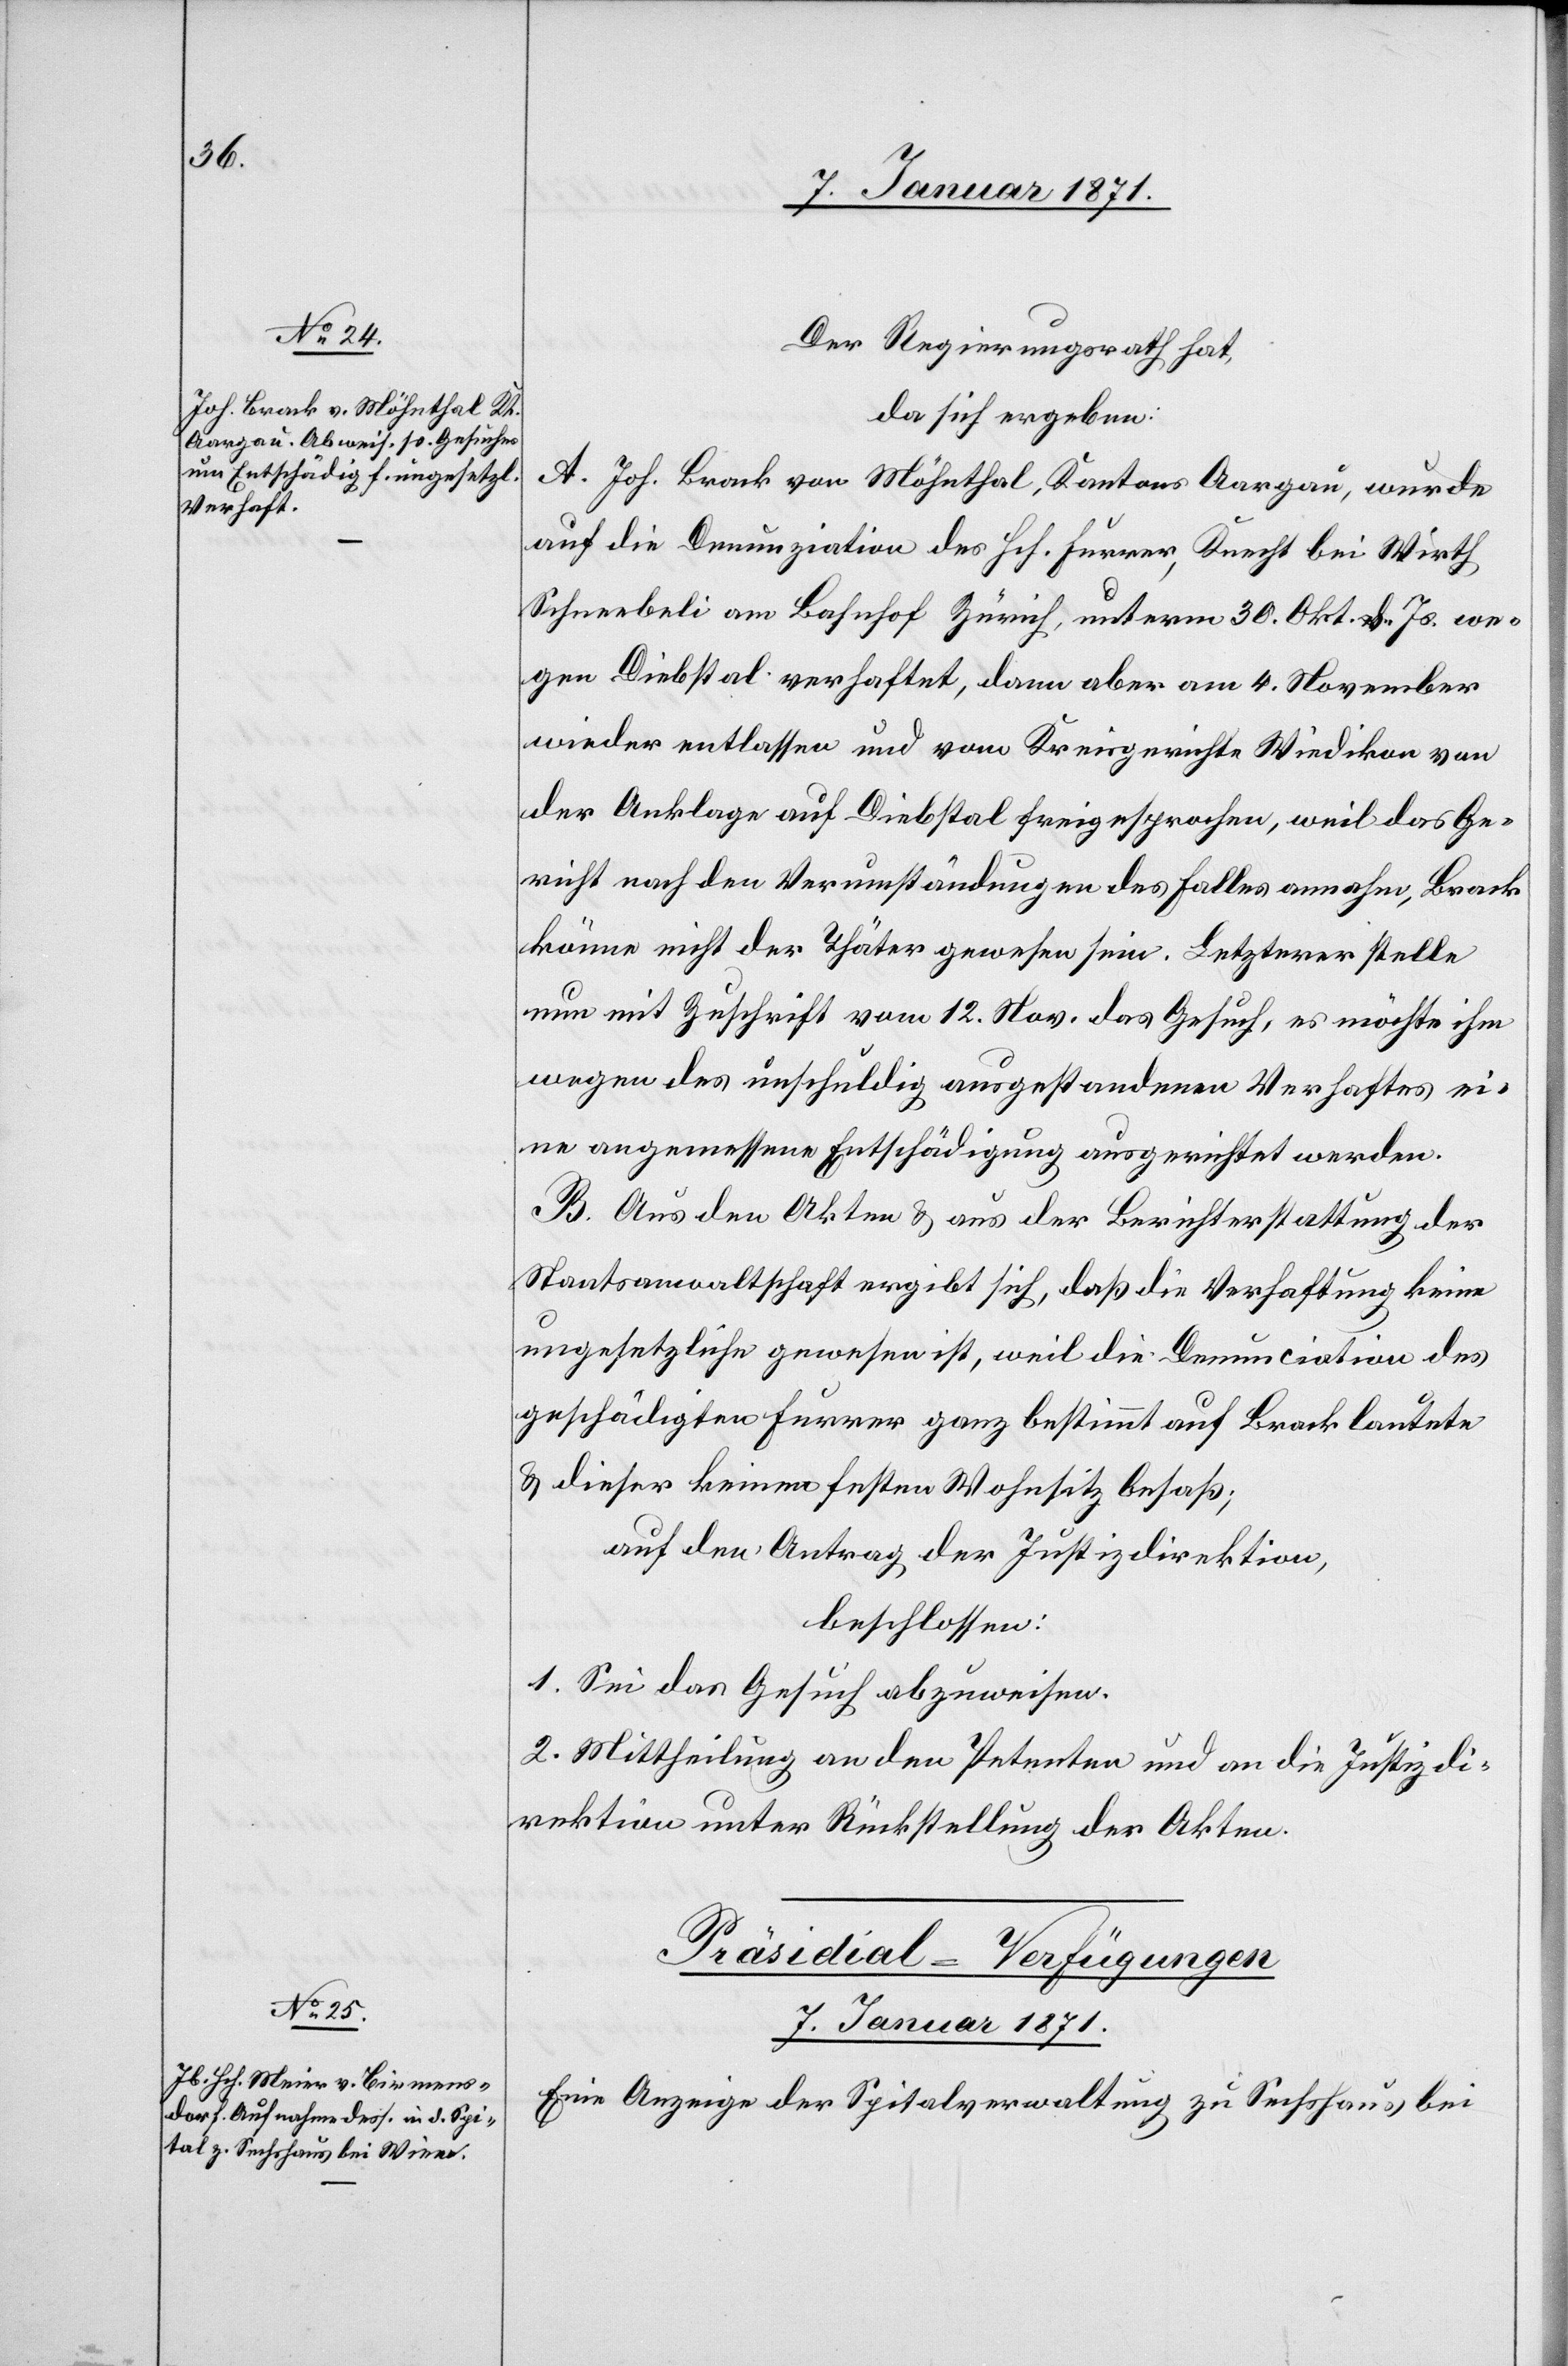
Der Regierungsrath hat,
da sich ergeben:
A. Joh. Brack von Möhnthal, Kantons Aargau, wurde
auf die Denunziation des Hch. Furrer, Knecht bei Wirth
Schneebeli am Bahnhof Zürich, unterm 30. Okt. [? v.] Js. we¬
gen Diebstal verhaftet, dann aber am 4. November
wieder entlassen und vom Kreisgerichte Wiedikon von
der Anklage auf Diebstal freigesprochen, weil das Ge¬
richt nach den Verumständungen des Falles annahm, Brack
könne nicht der Thäter gewesen sein. Letzterer stelle
nun mit Zuschrift vom 12. Nov. das Gesuch, es möchte ihm
wegen des unschuldig ausgestandenen Verhaftes ei¬
ne angemessene Entschädigung ausgerichtet werden.
B. Aus den Akten u. aus der Berichterstattung der
Staatsanwaltschaft ergibt sich, daß die Verhaftung keine
ungesetzliche gewesen ist, weil die Denunciation des
geschädigten Furrer ganz bestimmt auf Brack lautete
u. dieser keinen festen Wohnsitz besaß;
auf den Antrag der Justizdirektion,
beschlossen:
1. Sei das Gesuch abzuweisen.
2. Mittheilung an den Petenten und an die Justizdi¬
rektion unter Rückstellung der Akten.
[Präsidial-Verfügungen
7. Januar 1871].
Eine Anzeige der Spitalverwaltung zu Sechshaus bei